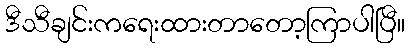
ဒီသီချင်းကရေးထားတာတော့ကြာပါပြီ။